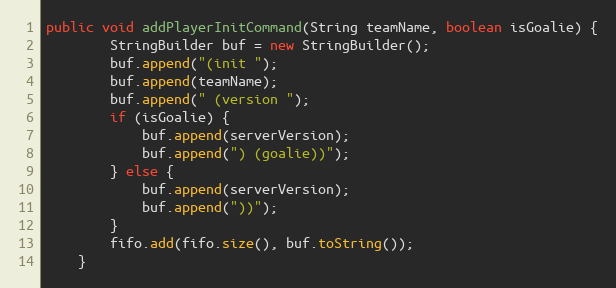
Language: Java
public void addPlayerInitCommand(String teamName, boolean isGoalie) {
        StringBuilder buf = new StringBuilder();
        buf.append("(init ");
        buf.append(teamName);
        buf.append(" (version ");
        if (isGoalie) {
            buf.append(serverVersion);
            buf.append(") (goalie))");
        } else {
            buf.append(serverVersion);
            buf.append("))");
        }
        fifo.add(fifo.size(), buf.toString());
    }